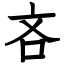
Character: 吝